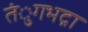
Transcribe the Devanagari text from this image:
तंुगभद्रा